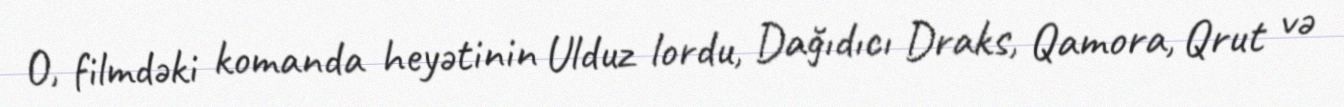
O, filmdəki komanda heyətinin Ulduz lordu, Dağıdıcı Draks, Qamora, Qrut və